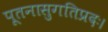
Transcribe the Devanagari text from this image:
पूतनासुगतिप्रदः।